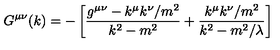
G ^ { \mu \nu } ( k ) = - \left[ \frac { g ^ { \mu \nu } - k ^ { \mu } k ^ { \nu } / m ^ { 2 } } { k ^ { 2 } - m ^ { 2 } } + \frac { k ^ { \mu } k ^ { \nu } / m ^ { 2 } } { k ^ { 2 } - m ^ { 2 } / \lambda } \right]